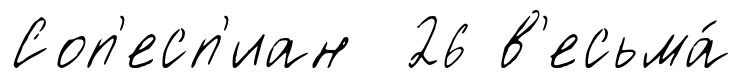
Соп'есп'иан 26 в'есьма́